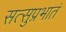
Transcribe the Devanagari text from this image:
सत्सुप्रभातं